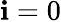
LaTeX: \mathbf{i}=0